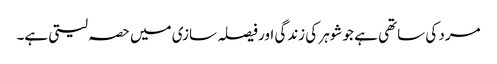
مرد کی ساتھی ہے جو شوہر کی زندگی اور فیصلہ سازی میں حصہ لیتی ہے۔